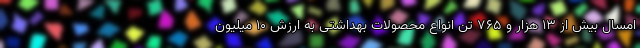
امسال بیش از ۱۳ هزار و ۷۶۵ تن انواع محصولات بهداشتی به ارزش ۱۰ میلیون